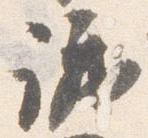
議